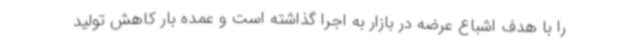
را با هدف اشباع عرضه در بازار به اجرا گذاشته است و عمده بار کاهش تولید